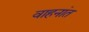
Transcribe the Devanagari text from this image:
वाहनांत